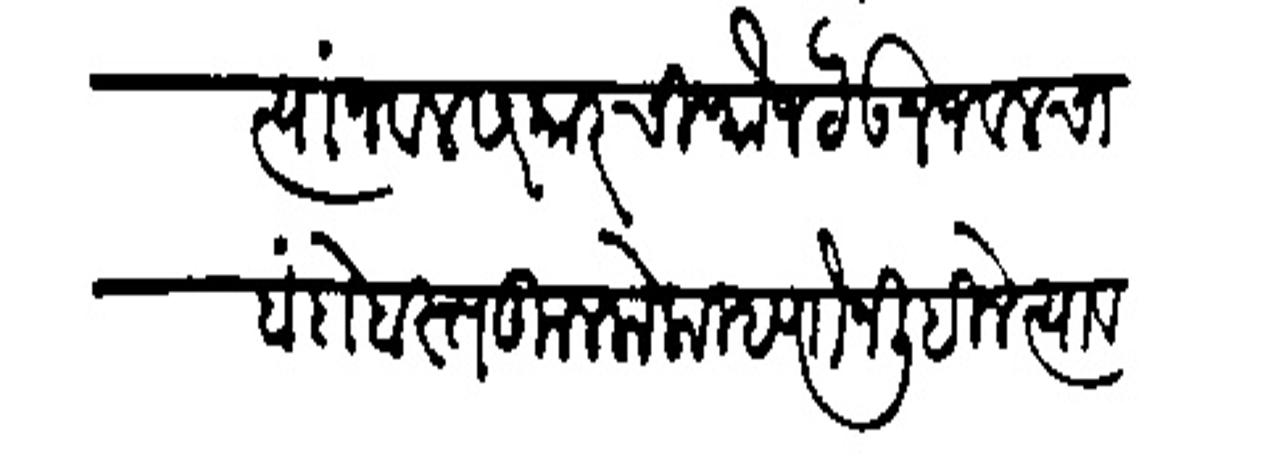
Transliteration (Devanagari): त्यांजवल सरकारची फौज ठेऊन जवलचा बंदोबस्त कुल केला म्हणौन लिहिले त्यावरून